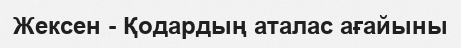
Жексен - Қодардың аталас ағайыны